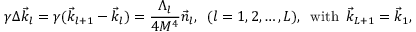
\gamma \Delta \vec { k } _ { l } = \gamma ( \vec { k } _ { l + 1 } - \vec { k } _ { l } ) = \frac { \Lambda _ { l } } { 4 M ^ { 4 } } \vec { n } _ { l } , \, \, \, ( l = 1 , 2 , \dots , L ) , \, \, \, \mathrm { w i t h } \, \, \, \vec { k } _ { L + 1 } = \vec { k } _ { 1 } ,